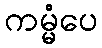
ကမ္မံပေ